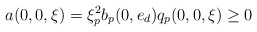
\begin{align*}a(0, 0, \xi)=\xi_p^2b_p(0,e_d)q_p(0, 0, \xi)\geq 0\end{align*}